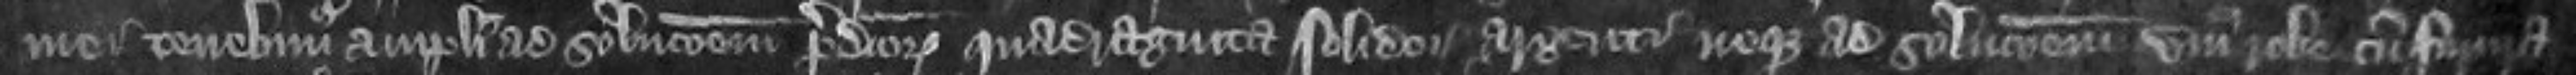
mei tenebimur amplius ad solutionem predictorum quadraginta solidorum argenti neque ad solutionem unius robe cum furura